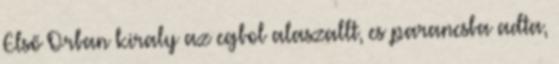
Első Orban kiraly az egbol alaszallt, es parancsba adta,